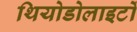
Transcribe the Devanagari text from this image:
थियोडोलाइटों